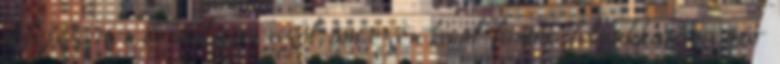
kifejezetten brutálisan szól, ám ezen kívül fontos felbukkanása már